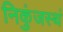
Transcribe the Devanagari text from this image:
निकुंजस्थं